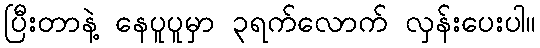
ပြီးတာနဲ့ နေပူပူမှာ ၃ရက်လောက် လှန်းပေးပါ။